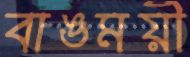
বাঙময়ী